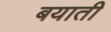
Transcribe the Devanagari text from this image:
बयाती